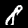
Digit: 8